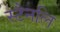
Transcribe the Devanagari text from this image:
स्टैनलि